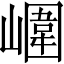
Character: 𡼱